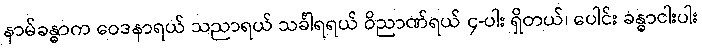
နာမ်ခန္ဓာက ဝေဒနာရယ် သညာရယ် သင်္ခါရရယ် ဝိညာဏ်ရယ် ၄-ပါး ရှိတယ်၊ ပေါင်း ခန္ဓာငါးပါး